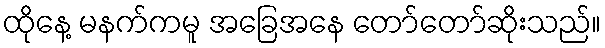
ထိုနေ့ မနက်ကမူ အခြေအနေ တော်တော်ဆိုးသည်။